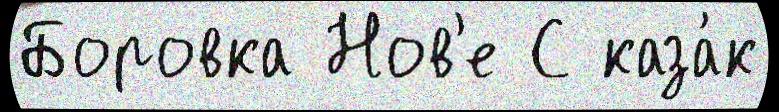
Боровка Нов'е С каза́к